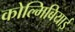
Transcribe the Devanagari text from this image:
कोल्मिबियाई